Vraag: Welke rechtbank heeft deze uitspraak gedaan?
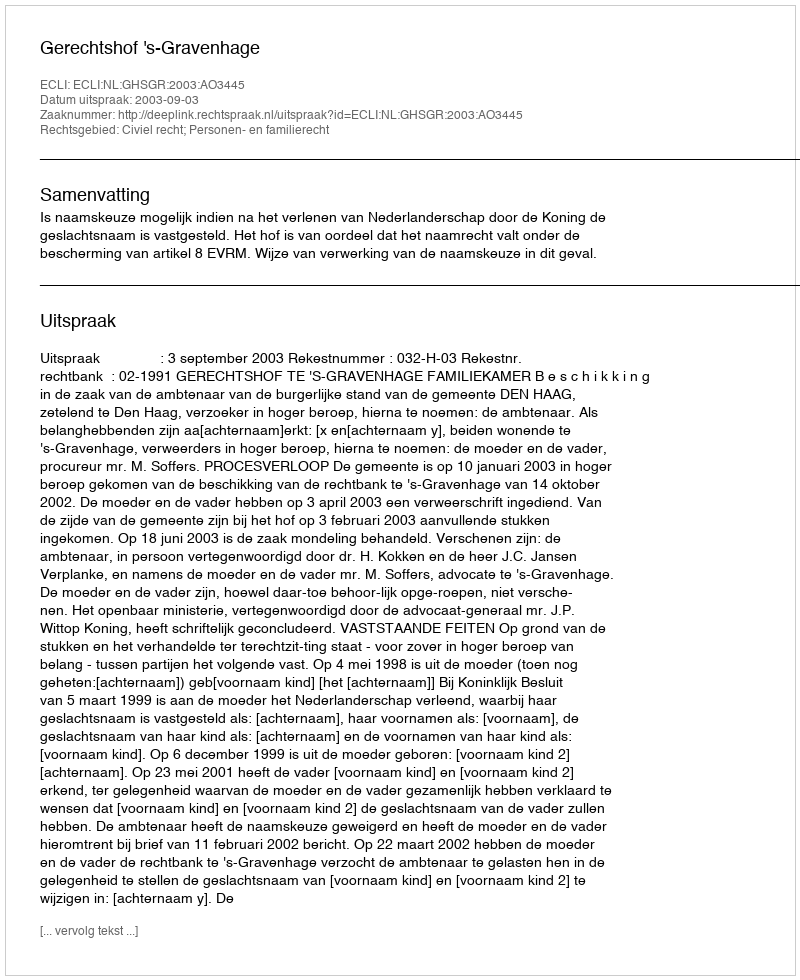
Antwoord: Gerechtshof 's-Gravenhage